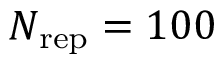
N _ { \mathrm { r e p } } = 1 0 0